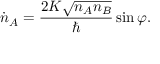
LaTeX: { \dot { n } } _ { A } = { \frac { 2 K { \sqrt { n _ { A } n _ { B } } } } { \hbar } } \sin \varphi .